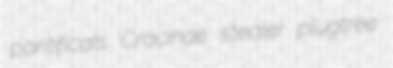
pontificals Cracinae stealer plugtree